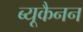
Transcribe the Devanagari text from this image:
ब्यूकैनन